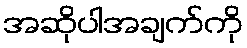
အဆိုပါအချက်ကို